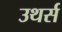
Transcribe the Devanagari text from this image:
उथर्स